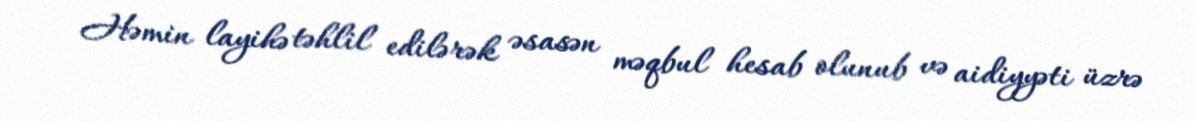
Həmin layihə təhlil edilərək əsasən məqbul hesab olunub və aidiyyəti üzrə